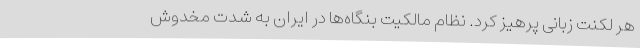
هر لکنت زبانی پرهیز کرد. نظام مالکیت بنگاه‌ها در ایران به شدت مخدوش